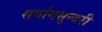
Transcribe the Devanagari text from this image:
सर्वांगसुन्दरी